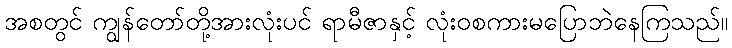
အစတွင် ကျွန်တော်တို့အားလုံးပင် ရာမီဇာနှင့် လုံးဝစကားမပြောဘဲနေကြသည်။